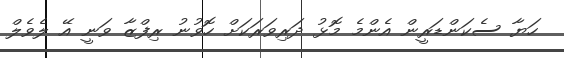
ހަޔާ ސެކަންޑަރީން އެންމެ މޮޅު ދަރިވަރަކަށް ހޮވުނު ރިފްޒާ ވަނީ އޭ ލެވެލް